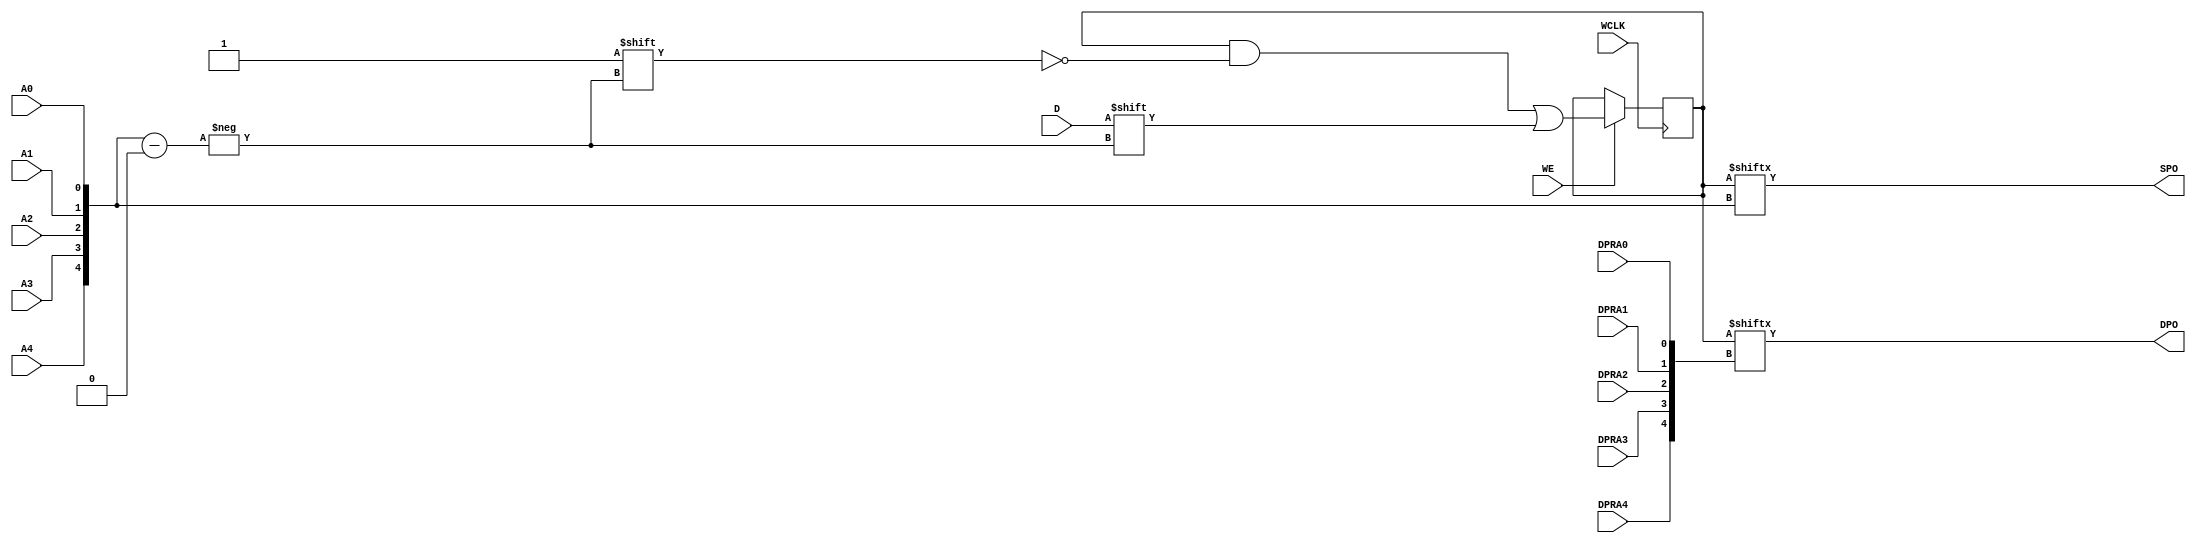
// $Header: /devl/xcs/repo/env/Databases/CAEInterfaces/verunilibs/data/unisims/RAM32X1D_1.v,v 1.8 2005/03/14 22:32:58 yanx Exp $
///////////////////////////////////////////////////////////////////////////////
// Copyright (c) 1995/2004 Xilinx, Inc.
// All Right Reserved.
///////////////////////////////////////////////////////////////////////////////
//   ____  ____
//  /   /\/   /
// /___/  \  /    Vendor : Xilinx
// \   \   \/     Version : 10.1
//  \   \         Description : Xilinx Functional Simulation Library Component
//  /   /                  Static Dual Port Synchronous RAM 32-Deep by 1-Wide
// /___/   /\     Filename : RAM32X1D_1.v
// \   \  /  \    Timestamp : Thu Mar 25 16:43:33 PST 2004
//  \___\/\___\
//
// Revision:
//    03/23/04 - Initial version.
//    02/04/05 - Rev 0.0.1 Remove input/output bufs; Remove for-loop in initial block;
// End Revision

`timescale  1 ps / 1 ps


module RAM32X1D_1 (DPO, SPO, A0, A1, A2, A3, A4, D, DPRA0, DPRA1, DPRA2, DPRA3, DPRA4, WCLK, WE);

    parameter INIT = 32'h00000000;

    output DPO, SPO;

    input  A0, A1, A2, A3, A4, D, DPRA0, DPRA1, DPRA2, DPRA3, DPRA4, WCLK, WE;

    reg  [31:0] mem;
    wire [4:0] adr;

    assign adr = {A4, A3, A2, A1, A0};
    assign SPO = mem[adr];
    assign DPO = mem[{DPRA4, DPRA3, DPRA2, DPRA1, DPRA0}];

    initial 
        mem = INIT;

    always @(negedge WCLK) 
        if (WE == 1'b1)
            mem[adr] <= #100 D;

endmodule